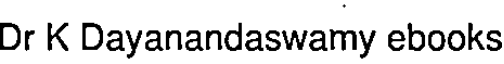
Dr K Dayanandaswamy ebooks